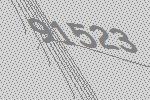
91523